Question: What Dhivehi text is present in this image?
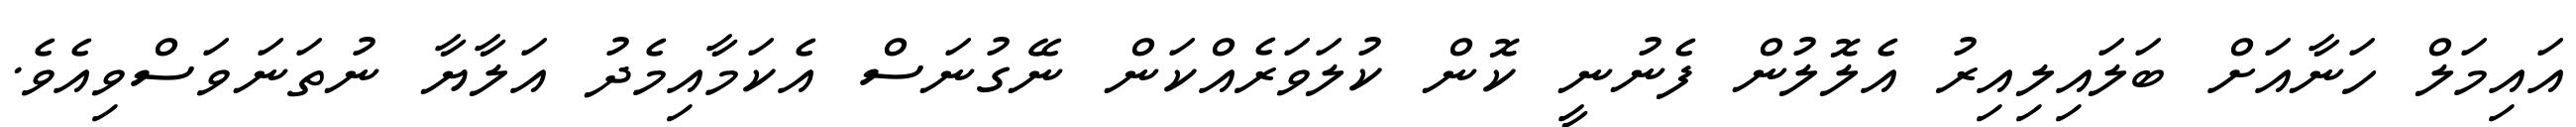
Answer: އައިމަލް ހަނާއަށް ބަލައިލިއިރު އެލޮލުން ފެނުނީ ކޮން ކުލަވަރެއްކަން ނޭގުނަސް އެކަމާއިމެދު އަލާޔާ ނުތަނަވަސްވިއެވެ.